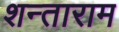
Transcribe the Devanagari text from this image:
शन्ताराम